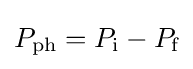
P_{\text{ph}}=P_{\text{i}}-P_{\text{f}}